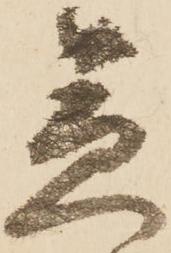
急